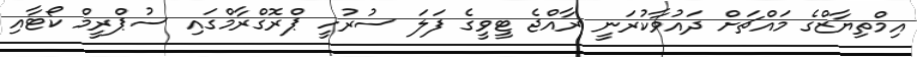
އިމްތިޔާޒްގެ މައްޗަށް ދައުވާކުރަނީ ރާއްޖެ ޓީވީގެ ފަލަ ސުރުހީ ޕްރޮގްރާމްގައި ސުޕްރީމް ކޯޓާއި